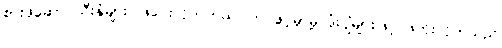
စားဖိုဆောင်သီးနှံများ ဖြဲပေးလိုက်တယ်ပါကင်ဖွင့်မှာမို့ ဒုံးပျံများဖြင့် ဖိတိုးလိုက်သည်